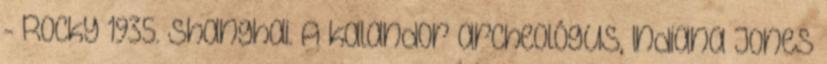
- Rocky 1935. Shanghai. A kalandor archeológus, Indiana Jones